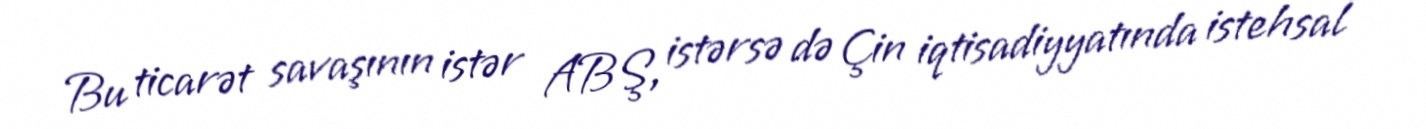
Bu ticarət savaşının istər ABŞ, istərsə də Çin iqtisadiyyatında istehsal